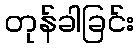
တုန်ခါခြင်း